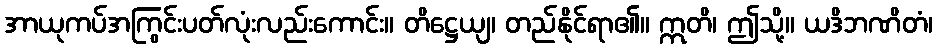
အာယုကပ်အကြွင်းပတ်လုံးလည်းကောင်း။ တိဋ္ဌေယျ၊ တည်နိုင်ရာ၏။ ဣတိ၊ ဤသို့။ ယဒိဘဏိတံ၊